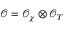
\mathcal { O } = \mathcal { O } _ { \chi } \otimes \mathcal { O } _ { T }